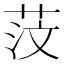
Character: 𦯻